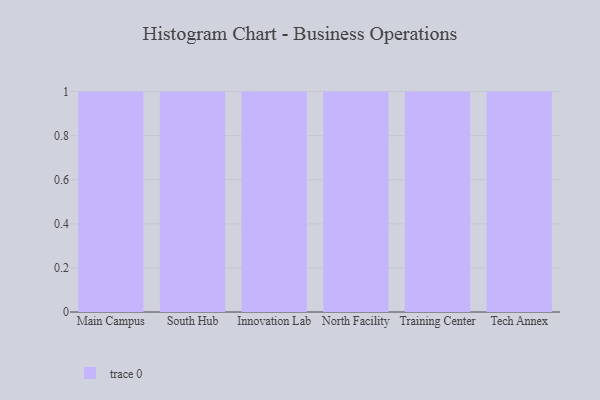
{"axis": {"x": "Campus", "y": "Website Visitors"}, "legend": [""], "data": [{"x": "Main Campus", "y": 40, "type": ""}, {"x": "South Hub", "y": 60, "type": ""}, {"x": "Innovation Lab", "y": 19, "type": ""}, {"x": "North Facility", "y": 66, "type": ""}, {"x": "Training Center", "y": 62, "type": ""}, {"x": "Tech Annex", "y": 37, "type": ""}]}